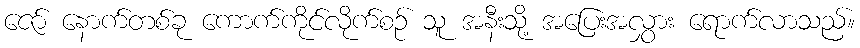
ဇော် နောက်တစ်ခု ကောက်ကိုင်လိုက်စဉ် သူ အနီးသို့ အပြေးအလွှား ရောက်လာသည်။